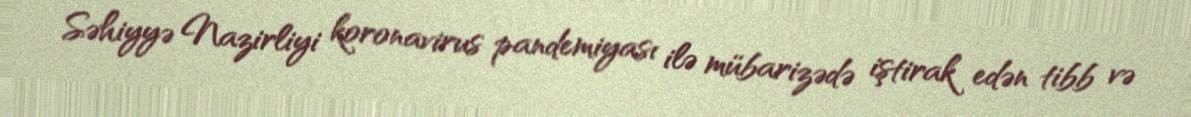
Səhiyyə Nazirliyi koronavirus pandemiyası ilə mübarizədə iştirak edən tibb və